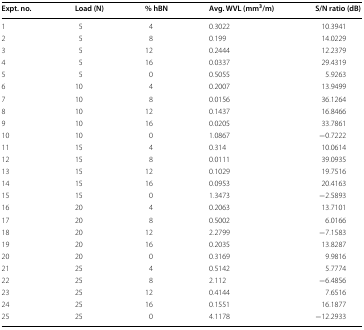
<table><thead><tr><td><b>Expt. no.</b></td><td><b>Load (N)</b></td><td><b>% hBN</b></td><td><b>Avg. WVL (mm<sup>3</sup>/m)</b></td><td><b>S/N ratio (dB)</b></td></tr></thead><tbody><tr><td>1</td><td>5</td><td>4</td><td>0.3022</td><td>10.3941</td></tr><tr><td>2</td><td>5</td><td>8</td><td>0.199</td><td>14.0229</td></tr><tr><td>3</td><td>5</td><td>12</td><td>0.2444</td><td>12.2379</td></tr><tr><td>4</td><td>5</td><td>16</td><td>0.0337</td><td>29.4319</td></tr><tr><td>5</td><td>5</td><td>0</td><td>0.5055</td><td>5.9263</td></tr><tr><td>6</td><td>10</td><td>4</td><td>0.2007</td><td>13.9499</td></tr><tr><td>7</td><td>10</td><td>8</td><td>0.0156</td><td>36.1264</td></tr><tr><td>8</td><td>10</td><td>12</td><td>0.1437</td><td>16.8466</td></tr><tr><td>9</td><td>10</td><td>16</td><td>0.0205</td><td>33.7861</td></tr><tr><td>10</td><td>10</td><td>0</td><td>1.0867</td><td>−0.7222</td></tr><tr><td>11</td><td>15</td><td>4</td><td>0.314</td><td>10.0614</td></tr><tr><td>12</td><td>15</td><td>8</td><td>0.0111</td><td>39.0935</td></tr><tr><td>13</td><td>15</td><td>12</td><td>0.1029</td><td>19.7516</td></tr><tr><td>14</td><td>15</td><td>16</td><td>0.0953</td><td>20.4163</td></tr><tr><td>15</td><td>15</td><td>0</td><td>1.3473</td><td>−2.5893</td></tr><tr><td>16</td><td>20</td><td>4</td><td>0.2063</td><td>13.7101</td></tr><tr><td>17</td><td>20</td><td>8</td><td>0.5002</td><td>6.0166</td></tr><tr><td>18</td><td>20</td><td>12</td><td>2.2799</td><td>−7.1583</td></tr><tr><td>19</td><td>20</td><td>16</td><td>0.2035</td><td>13.8287</td></tr><tr><td>20</td><td>20</td><td>0</td><td>0.3169</td><td>9.9816</td></tr><tr><td>21</td><td>25</td><td>4</td><td>0.5142</td><td>5.7774</td></tr><tr><td>22</td><td>25</td><td>8</td><td>2.112</td><td>−6.4856</td></tr><tr><td>23</td><td>25</td><td>12</td><td>0.4144</td><td>7.6516</td></tr><tr><td>24</td><td>25</td><td>16</td><td>0.1551</td><td>16.1877</td></tr><tr><td>25</td><td>25</td><td>0</td><td>4.1178</td><td>−12.2933</td></tr></tbody></table>